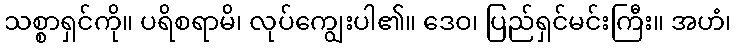
သစ္စာရှင်ကို။ ပရိစရာမိ၊ လုပ်ကျွေးပါ၏။ ဒေဝ၊ ပြည်ရှင်မင်းကြီး။ အဟံ၊